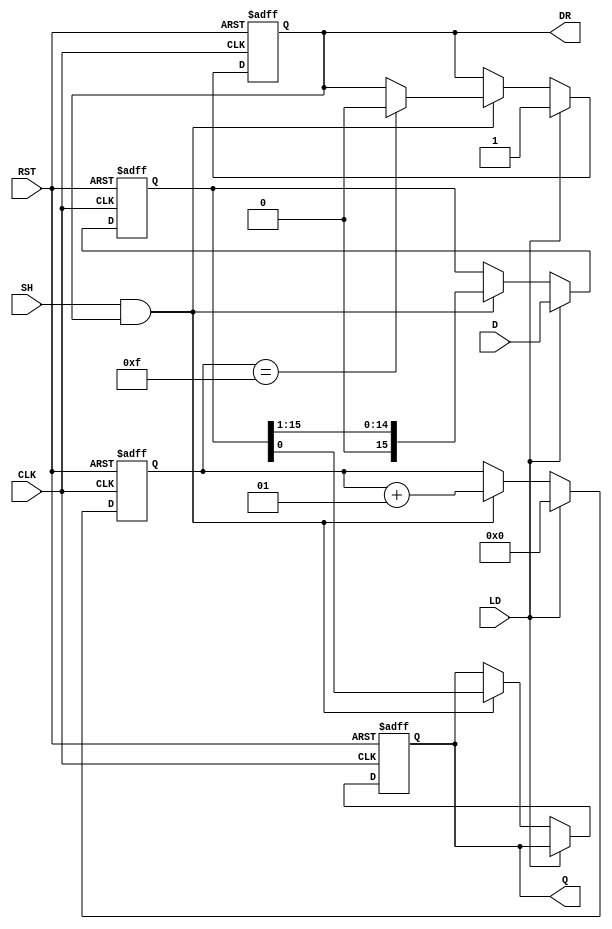
module PISO_Register (
    input wire [15:0] D,      // 16-bit parallel data input
    input wire LD,            // Load control signal
    input wire SH,            // Shift control signal
    input wire CLK,           // Clock signal
    input wire RST,           // Asynchronous reset signal
    output reg Q,             // Serial output
    output reg DR             // Data ready output
);

    reg [15:0] shift_reg;     // 16-bit shift register
    integer shift_count;      // Counter for shifts

    always @(posedge CLK or posedge RST) begin
        if (RST) begin
            shift_reg <= 16'b0; // Clear the shift register
            Q <= 1'b0;          // Clear serial output
            DR <= 1'b0;         // Clear data ready flag
            shift_count <= 0;   // Reset shift count
        end else begin
            if (LD) begin
                shift_reg <= D;  // Load parallel data into the shift register
                shift_count <= 0; // Reset shift count when loading
                DR <= 1'b1;       // Indicate data is ready to be shifted
            end else if (SH && DR) begin
                Q <= shift_reg[0]; // Output the LSB
                shift_reg <= shift_reg >> 1; // Shift right
                shift_count <= shift_count + 1; // Increment shift count

                // If all bits have been shifted out, clear DR
                if (shift_count == 15) begin
                    DR <= 1'b0; // Indicate data is no longer ready
                end
            end
        end
    end

endmodule